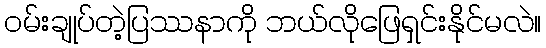
၀မ်းချုပ်တဲ့ပြဿနာကို ဘယ်လိုဖြေရှင်းနိုင်မလဲ။